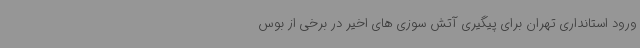
ورود استانداری تهران برای پیگیری آتش سوزی های اخیر در برخی از بوس